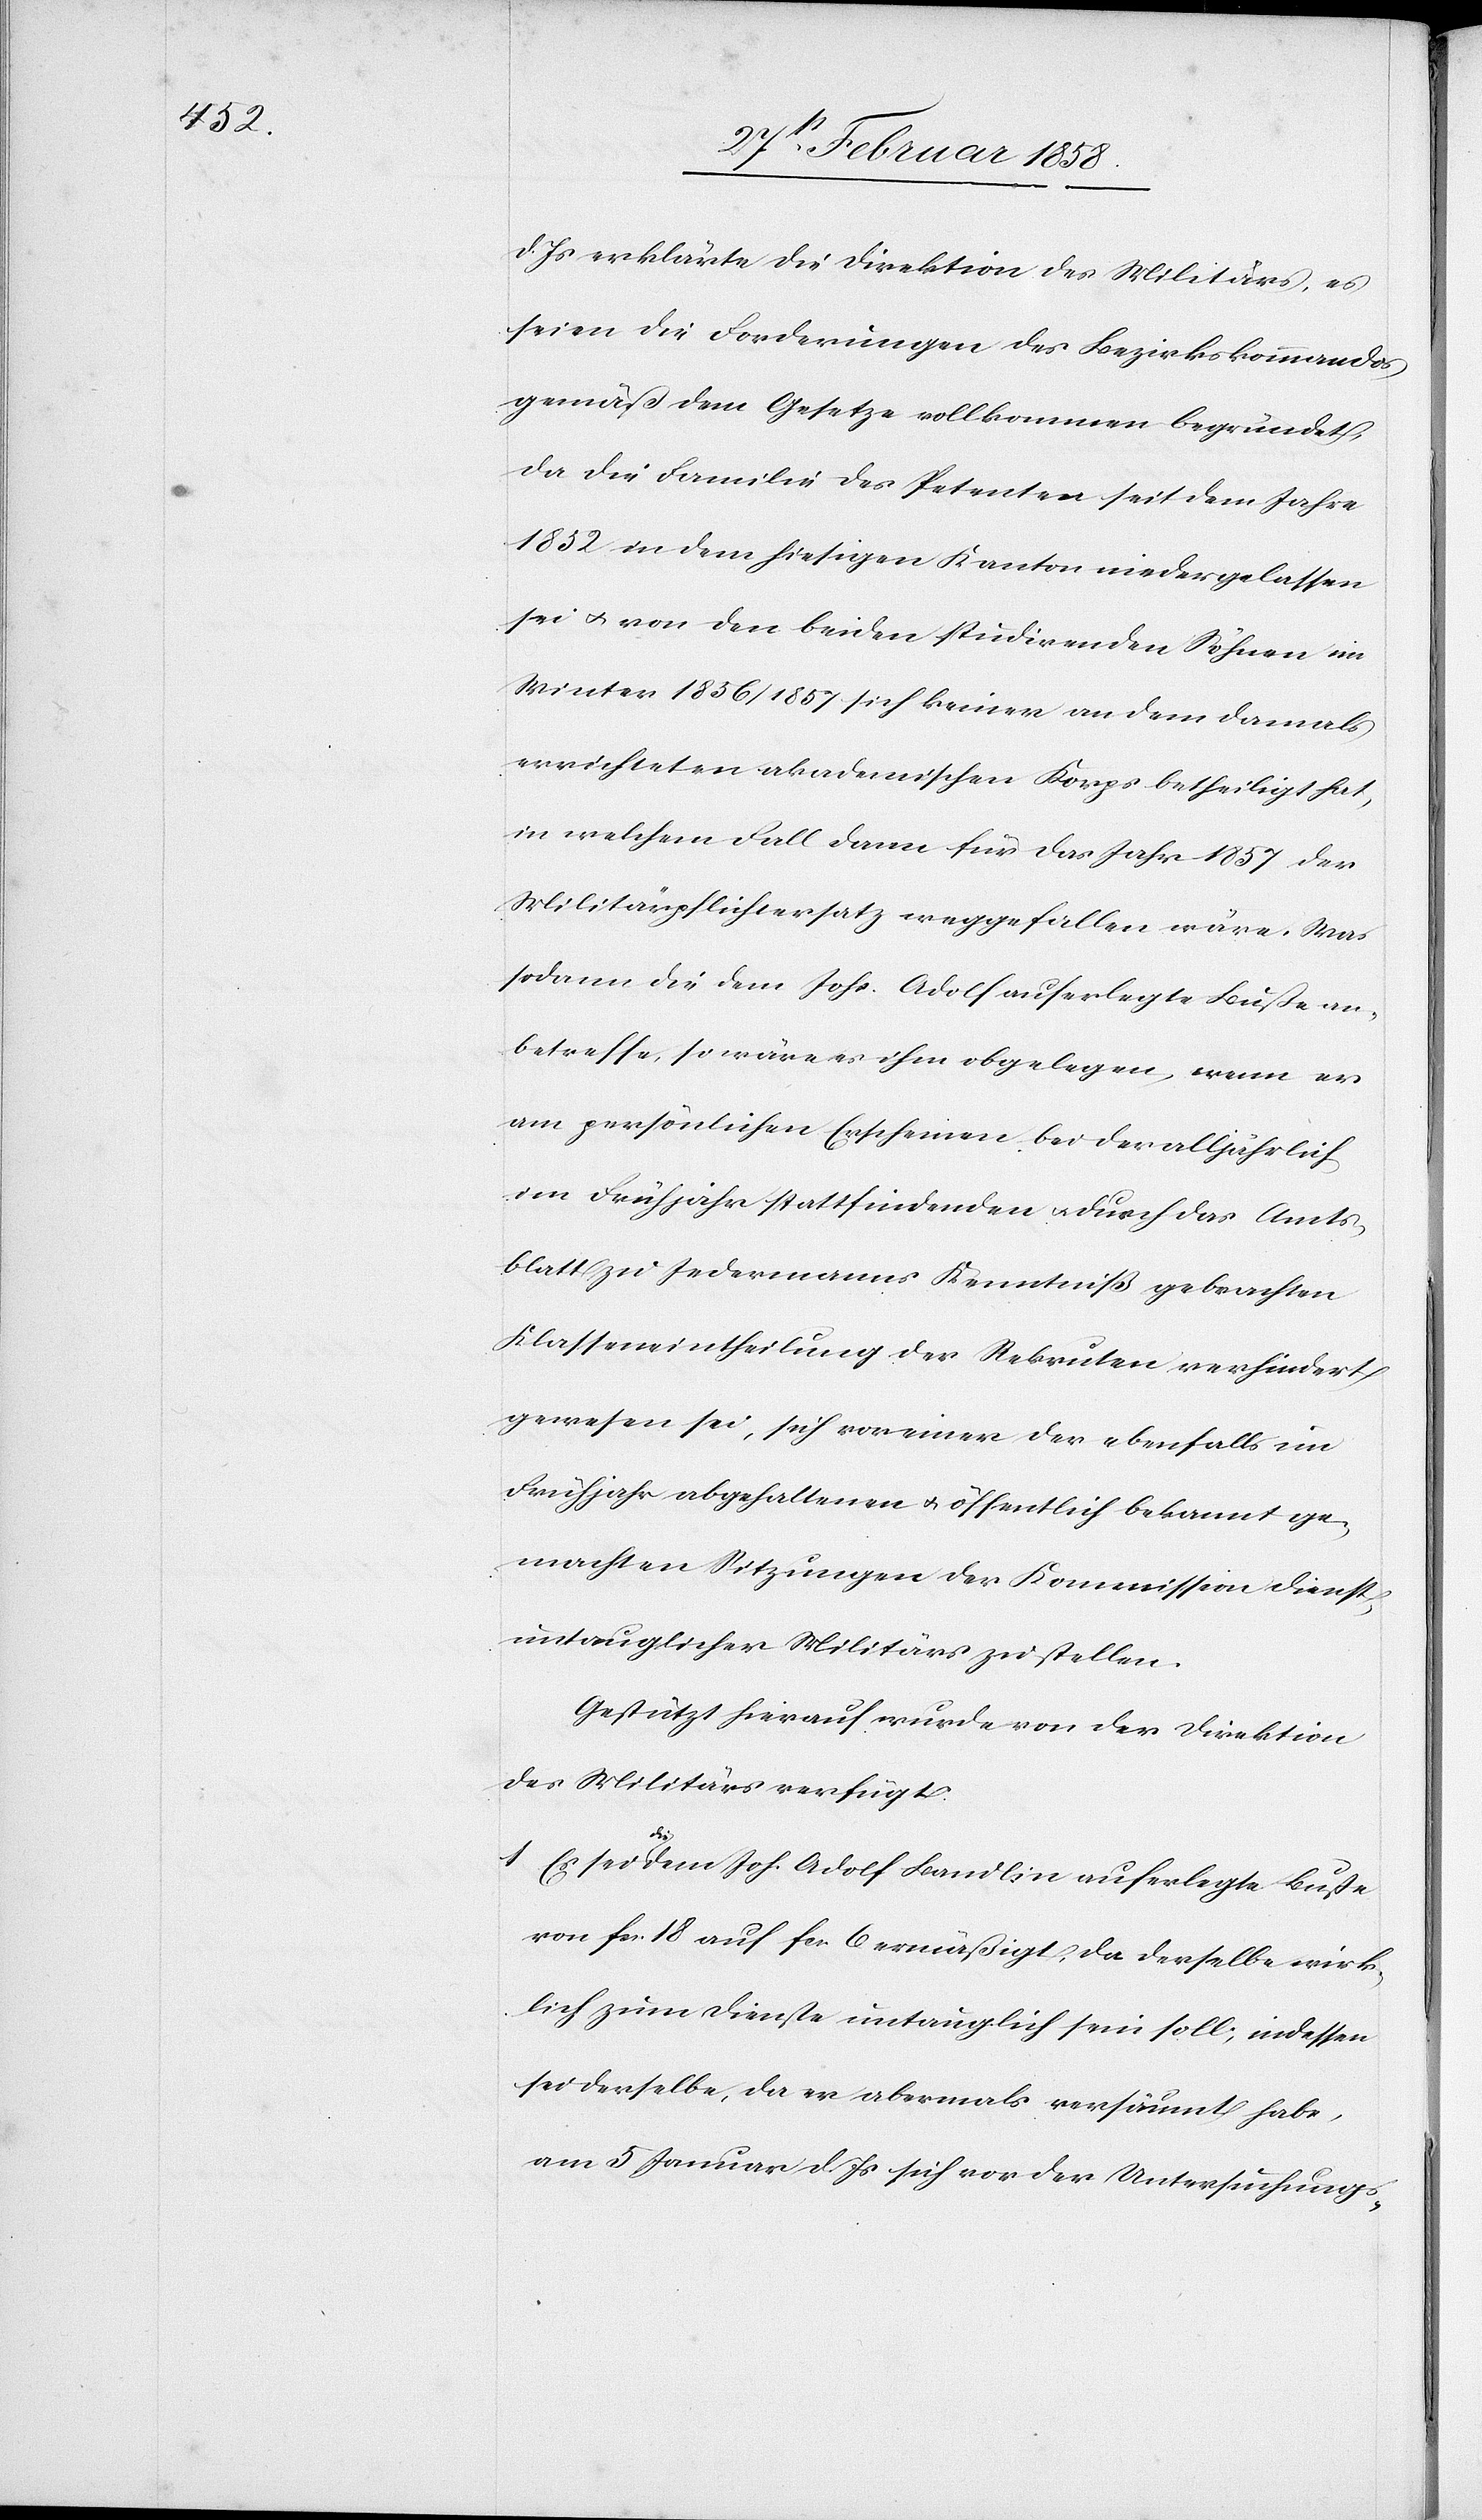
d. Js. erklärte die Direktion des Militärs, es
seien die Forderungen des Bezirkskommandos
gemäß dem Gesetze vollkommen begründet,
da die Familie des Petenten seit dem Jahre
1852 in dem hiesigen Kanton niedergelassen
sei u. von den beiden studirenden Söhnen im
Winter 1856/1857 sich keiner an dem damals
errichteten akademischen Korps betheiligt hat,
in welchem Fall dann für das Jahr 1857 der
Militärpflichtersatz weggefallen wäre. Was
sodann die dem Johs. Adolf auferlegte Buße an¬
betreffe, so wäre es ihm obgelegen, wenn er
am persönlichen Erscheinen bei der alljährlich
im Frühjahr stattfindenden u. durch das Amts¬
blatt zu Jedermanns Kenntniß gebrachten
Klasseneintheilung der Rekruten verhindert
gewesen sei, sich vor einer der ebenfalls im
Frühjahr abgehaltenen u. öffentlich bekannt ge¬
machten Sitzungen der Kommission dienst¬
untauglicher Militärs zu stellen.
Gestützt hierauf wurde von der Direktion
des Militärs verfügt:
1. Es sei die dem Joh. Adolf Bandlin auferlegte Buße
von fcs. 18 auf fcs. 6 ermäßigt, da derselbe wirk¬
lich zum Dienste untauglich sein soll; indessen
sei derselbe, da er abermals versäumt habe,
am 5 Januar d. Js. sich vor der Untersuchungs-